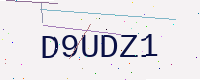
Text: D9UDZ1